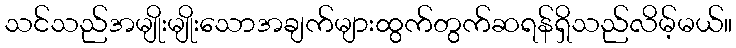
သင်သည်အမျိုးမျိုးသောအချက်များထွက်တွက်ဆရန်ရှိသည်လိမ့်မယ်။